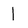
Character: 1